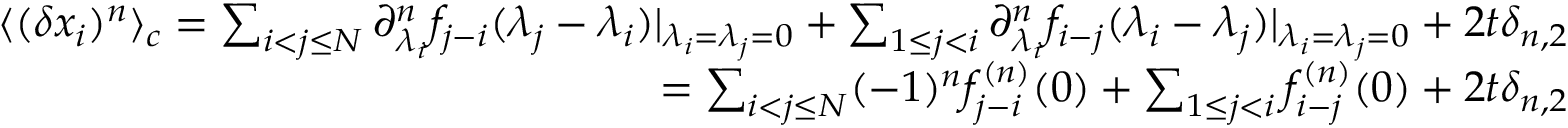
\begin{array} { r l r } & { } & { \langle ( \delta x _ { i } ) ^ { n } \rangle _ { c } = \sum _ { i < j \leq N } \partial _ { \lambda _ { i } } ^ { n } f _ { j - i } ( \lambda _ { j } - \lambda _ { i } ) | _ { \lambda _ { i } = \lambda _ { j } = 0 } + \sum _ { 1 \leq j < i } \partial _ { \lambda _ { i } } ^ { n } f _ { i - j } ( \lambda _ { i } - \lambda _ { j } ) | _ { \lambda _ { i } = \lambda _ { j } = 0 } + 2 t \delta _ { n , 2 } } \\ & { } & { = \sum _ { i < j \leq N } ( - 1 ) ^ { n } f _ { j - i } ^ { ( n ) } ( 0 ) + \sum _ { 1 \leq j < i } f _ { i - j } ^ { ( n ) } ( 0 ) + 2 t \delta _ { n , 2 } } \end{array}